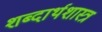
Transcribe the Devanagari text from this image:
शब्दार्थशास्त्र